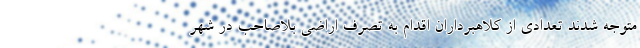
متوجه شدند تعدادی از کلاهبرداران اقدام به تصرف اراضی بلاصاحب در شهر